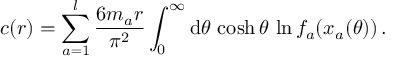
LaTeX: c ( r ) = \sum _ { a = 1 } ^ { l } \frac { 6 m _ { a } r } { \pi ^ { 2 } } \int _ { 0 } ^ { \infty } \mathrm { d } \theta \, \cosh \theta \, \ln f _ { a } ( x _ { a } ( \theta ) ) \, .